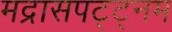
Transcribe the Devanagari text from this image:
मद्रासपट्ट्नम